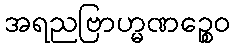
အရညဗြာဟ္မဏဉ္စေဝ